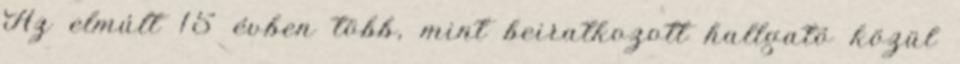
Az elmúlt 15 évben több, mint beiratkozott hallgató közül